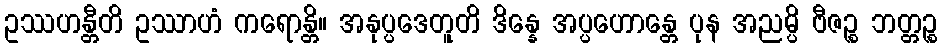
ဥဿဟန္တီတိ ဥဿာဟံ ကရောန္တိ။ အနုပ္ပဒေတူတိ ဒိန္နေ အပ္ပဟောန္တေ ပုန အညမ္ပိ ဗီဇဉ္စ ဘတ္တဉ္စ